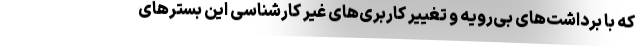
که با برداشت‌های بی‌رویه و تغییر کاربری‌های غیر کارشناسی این بسترهای